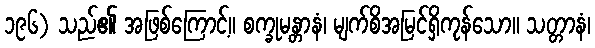
၁၉၆) သည်၏ အဖြစ်ကြောင့်။ စက္ခုမန္တာနံ၊ မျက်စိအမြင်ရှိကုန်သော။ သတ္တာနံ၊